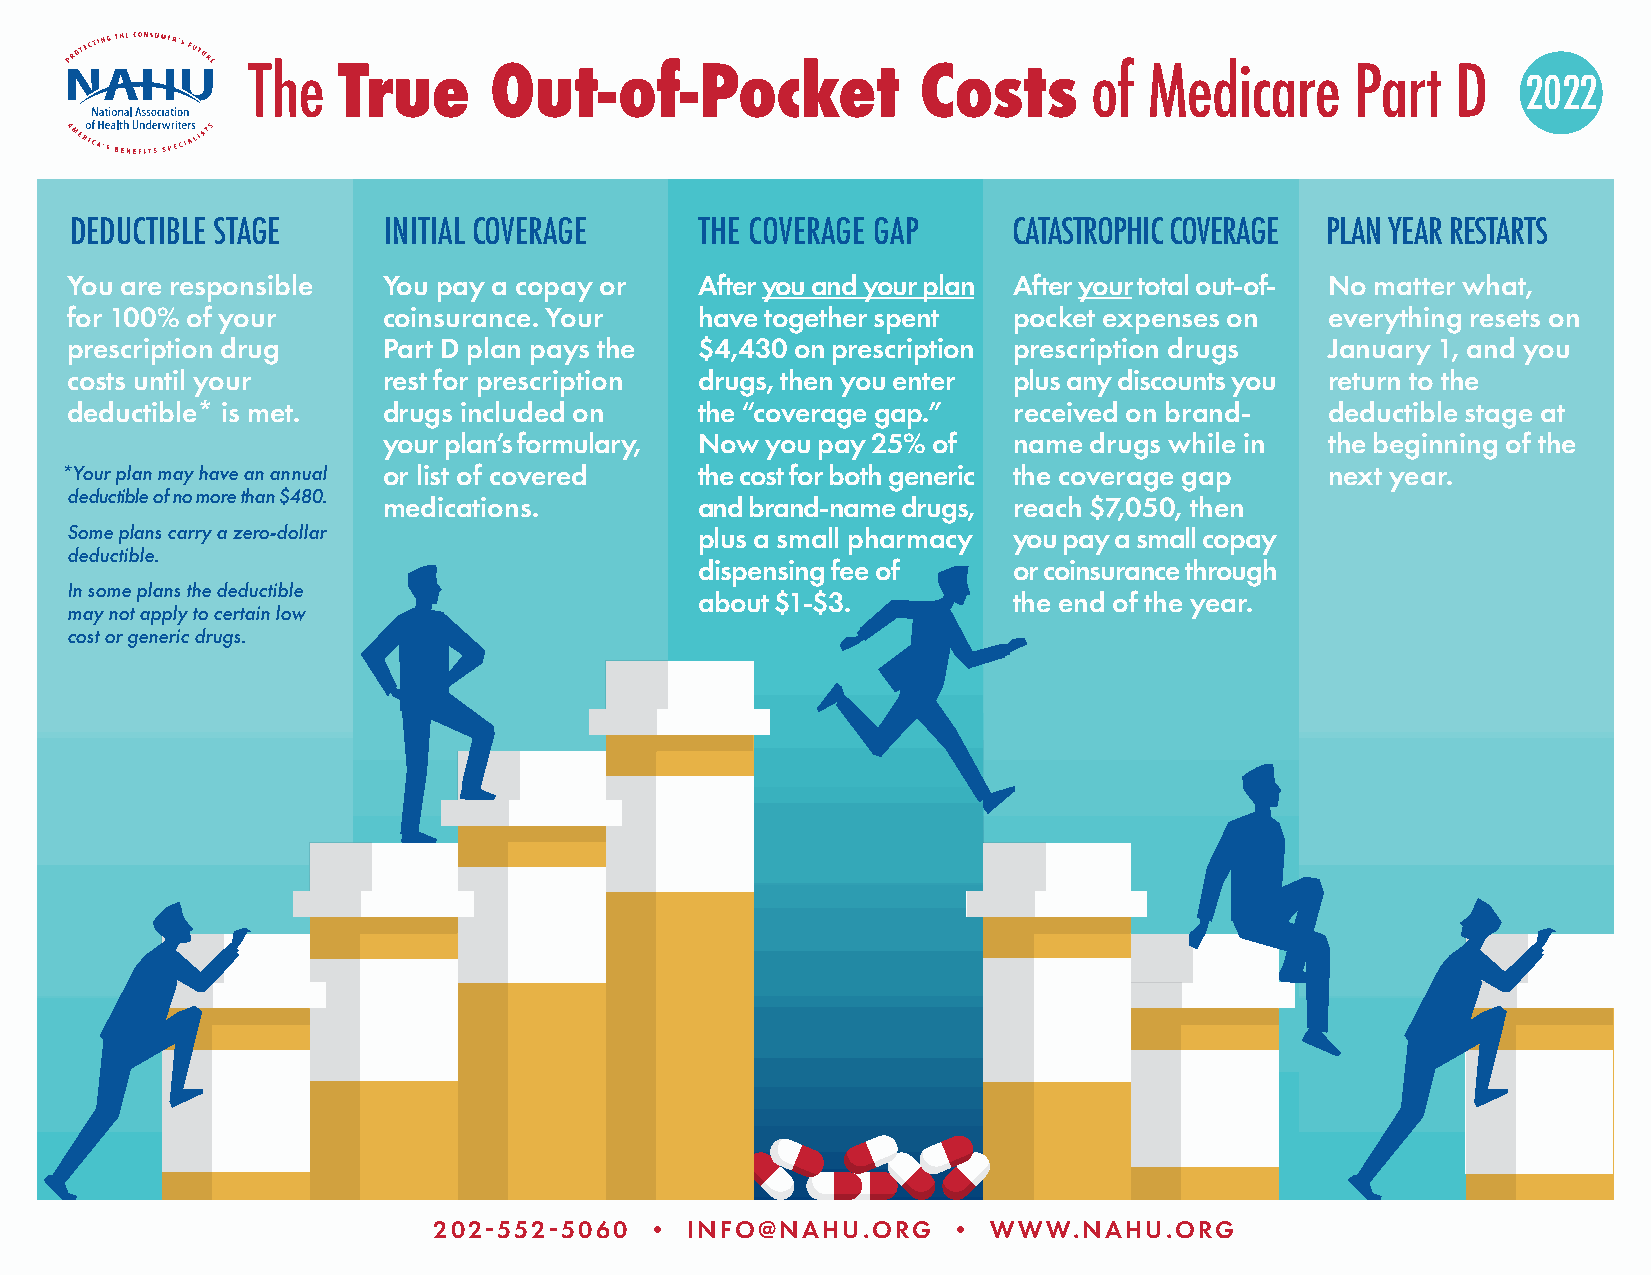
The   True      Out-of-Pocket                Costs      of  Medicare      Part  D
 2022
 DEDUCTIBLE STAGE    INITIAL COVERAGE     THE COVERAGE GAP     CATASTROPHIC COVERAGE PLAN YEAR RESTARTS
 You are responsible  You pay a copay or   After you and your plan After your total out-of- No matter what,
 for 100% of your     coinsurance. Your    have together spent  pocket expenses on   everything resets on
 prescription drug    Part D plan pays the $4,430 on prescription prescription drugs January 1, and you
 costs until your     rest for prescription drugs, then you enter plus any discounts you return to the
 deductible* is met.  drugs included on    the “coverage gap.”  received on brand-   deductible stage at
 your plan’s formulary, Now you pay 25% of name drugs while in  the beginning of the
 *Your plan may have an annual or list of covered the cost for both generic the coverage gap next year.
 deductible of no more than $480.
 medications.         and brand-name drugs, reach $7,050, then
 Some plans carry a zero-dollar            plus a small pharmacy you pay a small copay
 deductible.
 dispensing fee of    or coinsurance through
 In some plans the deductible
 about $1-$3.         the end of the year.
 may not apply to certain low
 cost or generic drugs.
 2025525060  • INFO@NAHU.ORG     •  WWW.NAHU.ORG